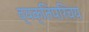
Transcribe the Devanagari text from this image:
व्यक्तिपरिचय